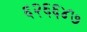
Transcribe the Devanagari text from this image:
६२६६४७